Indian Medical Review
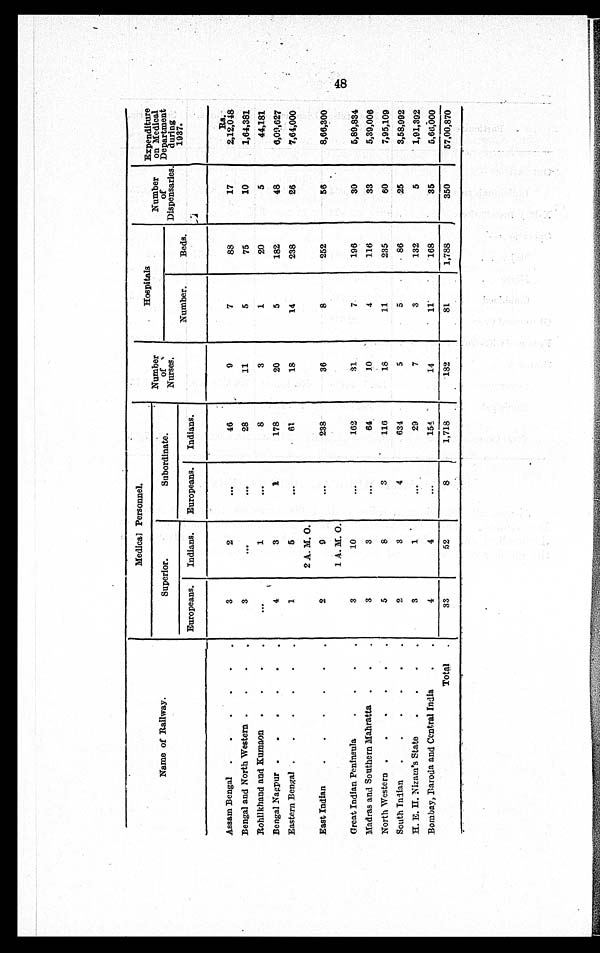
Europeans.
Indians.
Europeans.
Indians.
Assam Bengal
3
2
46
9
7
88
17
Bengal and North Western
3
28
11
5
75
10
Rohilkhand and Kumaon
1
8
3
1
20
5
Bengal Nagpur
4
3
1
178
20
5
182
48
Eastern Bengal
1
5
61
13
14
238
26
2 A. M. 0.
East Indian
2
9
238
36
8
252
56
1 A. M. 0.
Great Indian Peninsula
3
10
162
31
7
196
30
Madras and Southern Mahratta
3
3
64
10
4
116
33
North Western
5
3
3
116
18
11
235
60
South Indian
2
3
4
634
5
5
86
25
H. E. II. Nizam's State
3
1
29
7
3
132
5
Bombay, Baroda and Central India
4
4
154
14
11
168
35
Total
33
52
8
1,718
182
81
1,788
350